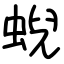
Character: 蜺